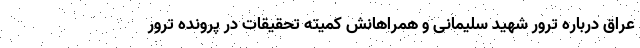
عراق درباره ترور شهید سلیمانی و همراهانش کمیته تحقیقات در پرونده ترور